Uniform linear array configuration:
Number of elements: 24
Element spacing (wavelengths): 0.5
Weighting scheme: hamming
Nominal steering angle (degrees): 30
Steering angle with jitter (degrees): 30.197
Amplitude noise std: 0.05
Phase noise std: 0.05

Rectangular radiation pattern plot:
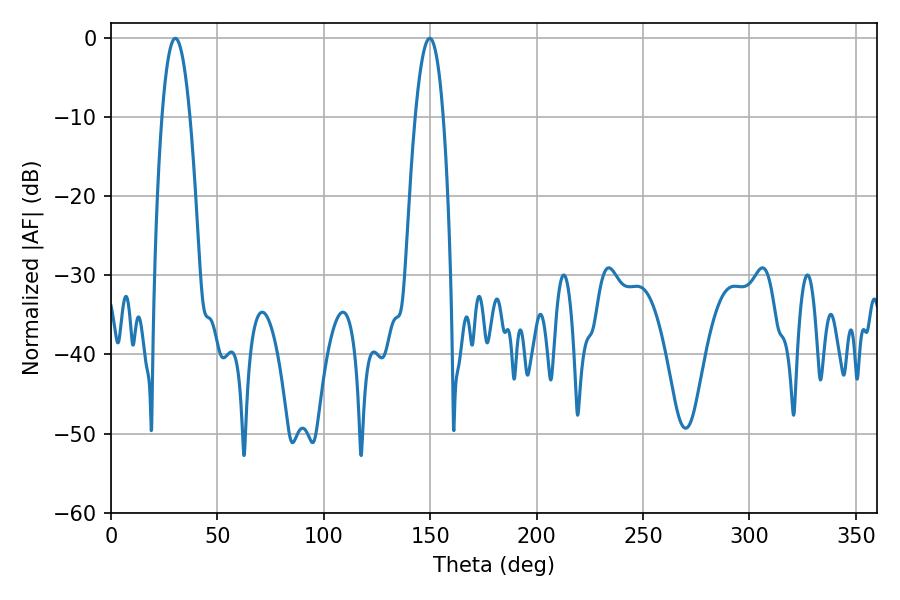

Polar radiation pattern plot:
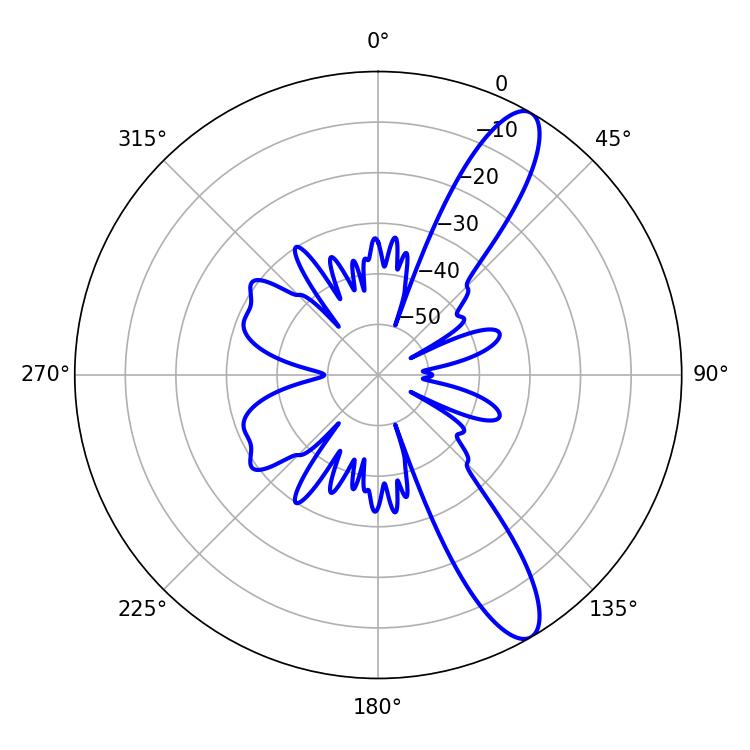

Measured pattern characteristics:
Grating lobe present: FALSE
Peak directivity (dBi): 11.643
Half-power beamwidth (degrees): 7.38
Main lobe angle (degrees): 30.24